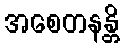
အစေတနန္တိ